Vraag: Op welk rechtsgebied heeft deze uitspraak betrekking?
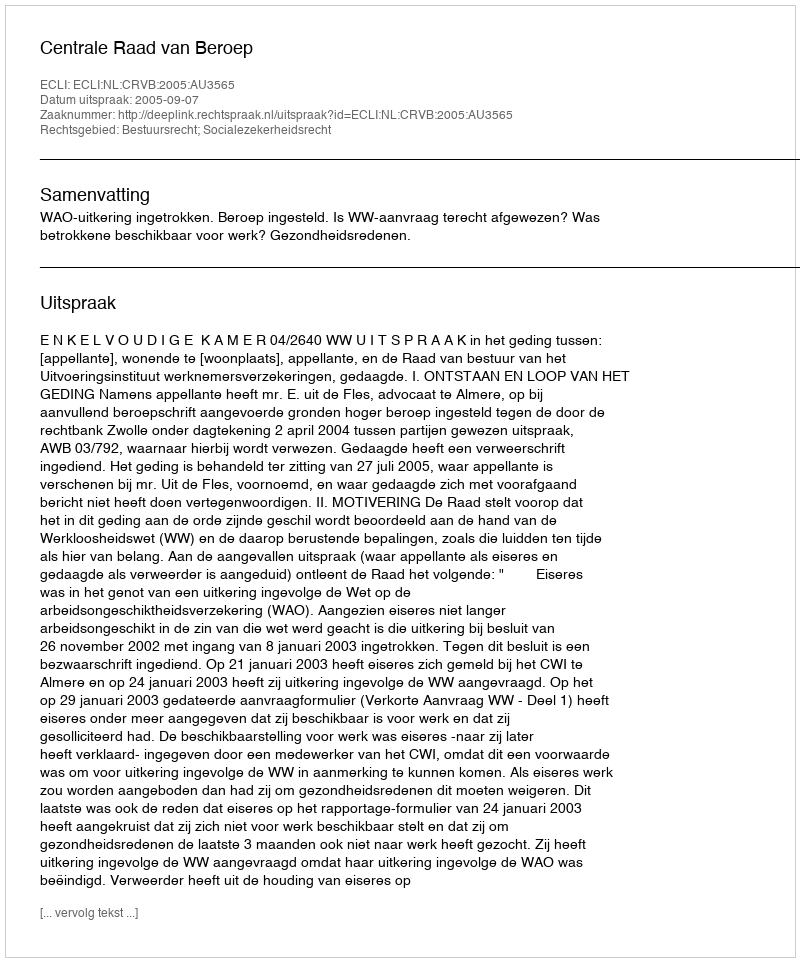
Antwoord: Bestuursrecht; Socialezekerheidsrecht